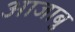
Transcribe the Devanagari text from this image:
आजाबु